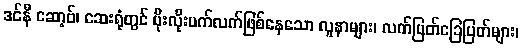
ဒင်နီ ဆော့ဗ်၊ ဆေးရုံတွင် ပိုးလိုးပက်လက်ဖြစ်နေသော လူနာများ၊ လက်ပြတ်ခြေပြတ်များ၊